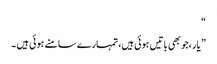
“
” یار ،جو بھی باتیں ہوئی ہیں، تمہارے سامنے ہوئی ہیں ۔